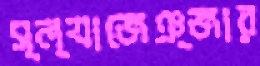
স্ল্যাজেঞ্জার